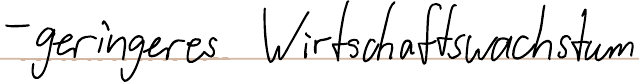
- geringeres Wirtschaftswachstum